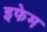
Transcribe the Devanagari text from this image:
इफेम